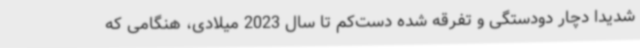
شدیدا دچار دودستگی و تفرقه شده دست‌کم تا سال 2023 میلادی، هنگامی که